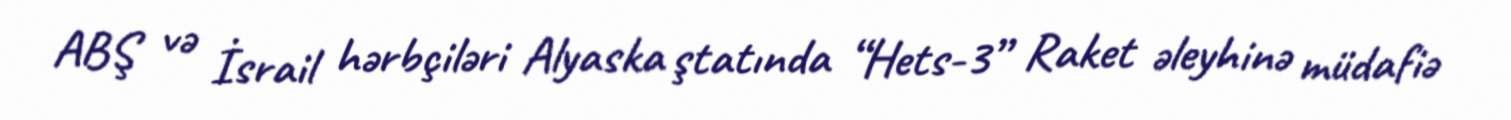
ABŞ və İsrail hərbçiləri Alyaska ştatında “Hets-3” Raket əleyhinə müdafiə